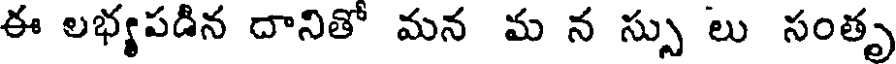
ఈ లభ్యపడిన దానితో మన మ న స్సు లు సంతృ